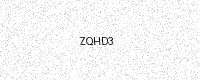
Text: ZQHD3